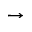
\to